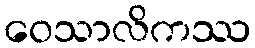
ဝေသာလိကဿ